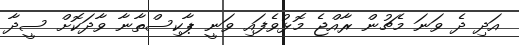
އަދި ދެ ވަނަ މެޗުން ރާއްޖެ މޮޅުވެފައި ވަނީ ޕާކިސްތާނާ ވާދަކޮށް ސީދާ